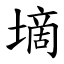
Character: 墑